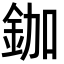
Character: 鉫